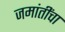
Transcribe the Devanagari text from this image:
जमांतींचा